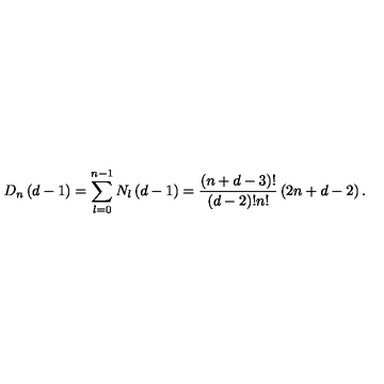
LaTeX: D _ { n } \left( d - 1 \right) = \sum _ { l = 0 } ^ { n - 1 } N _ { l } \left( d - 1 \right) = \frac { \left( n + d - 3 \right) ! } { \left( d - 2 \right) ! n ! } \left( 2 n + d - 2 \right) .